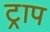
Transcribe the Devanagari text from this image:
ट्राप